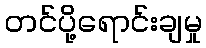
တင်ပို့ရောင်းချမှု